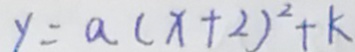
y = a ( x + 2 ) ^ { 2 } + k